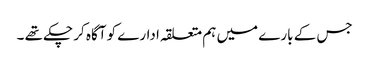
جس کے بارے میں ہم متعلقہ ادارے کو آگاہ کر چکے تھے ۔